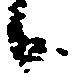
候